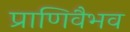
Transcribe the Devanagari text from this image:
प्राणिवैभव